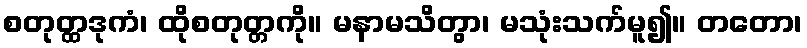
စတုတ္ထဒုကံ၊ ထိုစတုတ္တကို။ မနာမသိတွာ၊ မသုံးသက်မူ၍။ တတော၊